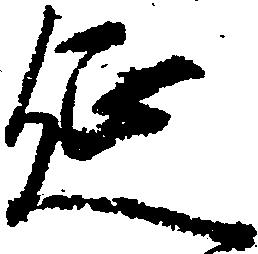
延